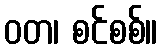
ဝတ၊ စင်စစ်။